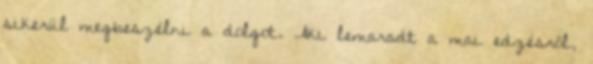
sikerül megbeszélni a dolgot. Aki lemaradt a mai edzésről,